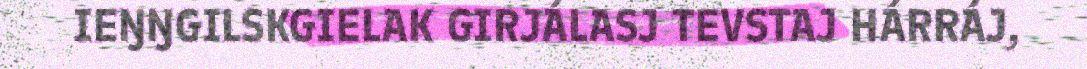
IEŊŊGILSKGIELAK GIRJÁLASJ TEVSTAJ HÁRRÁJ,